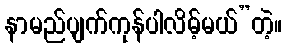
နာမည်ပျက်ကုန်ပါလိမ့်မယ်”တဲ့။